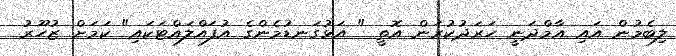
ލިބެމުން އައި އާމްދަނީ ހަރަދުކުރަން އޮތީ " އަޅުގަނޑުމެންގެ އުފައްލައްޓަކައި" ކަމަށް ޒުހޫރު